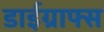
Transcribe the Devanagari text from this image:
डाईग्राफ्स